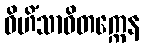
ဝိဟိံသာဝိတက္ကေန